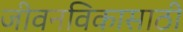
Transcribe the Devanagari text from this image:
जीवनविकासाठी